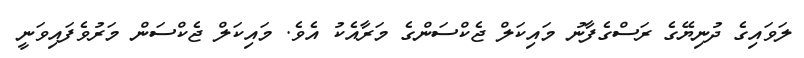
ލަވައިގެ ދުނިޔޭގެ ރަސްގެފާނު މައިކަލް ޖެކްސަންގެ މަރާއެކު އެވެ. މައިކަލް ޖެކްސަން މަރުވެފައިވަނީ